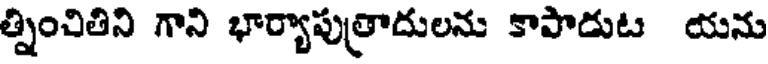
త్నించితిని గాని భార్యాపుత్రాదులను కాపాడుట యను